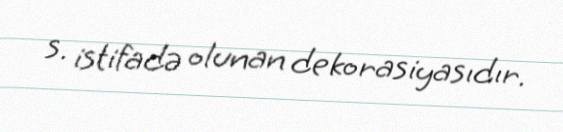
s. istifadə olunan dekorasiyasıdır.